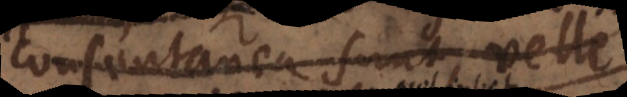
consentanea sunt, uberrime